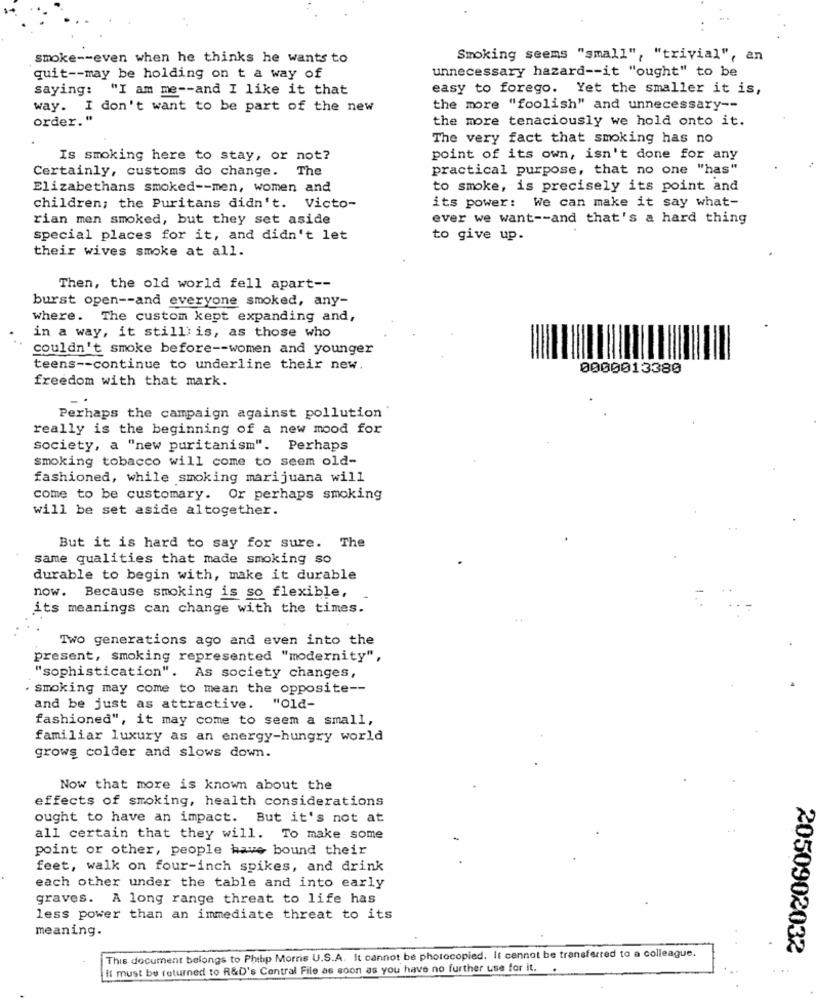
smoke -- even when he thinks he wants to
Smoking seems "small", "trivial", an
unnecessary hazard -- it "ought" to be
quit -- may be holding on t a way of
saying: "I am me -- and I like it that
easy to forego. Yet the smaller it is,
way. I don't want to be part of the new
the more "foolish" and unnecessary --
order."
the more tenaciously we hold onto it.
The very fact that smoking has no
Is smoking here to stay, or not?
point of its own, isn't done for any
Certainly, customs do change. The
practical purpose, that no one "has"
Elizabethans smoked -- men, women and
to smoke, is precisely its point and
its power: We can make it say what-
children; the Puritans didn't. Victo-
rian men smoked, but they set aside
ever we want -- and that's a hard thing
special places for it, and didn't let
to give up.
their wives smoke at all.
Then, the old world fell apart --
burst open -- and everyone smoked, any-
where. The custom kept expanding and,
in a way, it stilllis, as those who
couldn't smoke before -- women and younger
teens -- continue to underline their new.
0000013380
freedom with that mark.
Perhaps the campaign against pollution
really is the beginning of a new mood for
society, a "new puritanism". Perhaps
smoking tobacco will come to seem old-
fashioned, while smoking marijuana will
come to be customary. Or perhaps smoking
will be set aside altogether.
But it is hard to say for sure. The
same qualities that made smoking so
durable to begin with, make it durable
now. Because smoking is so flexible,
its meanings can change with the times.
Two generations ago and even into the
present, smoking represented "modernity",
"sophistication". As society changes,
smoking may come to mean the opposite --
and be just as attractive. "Old-
fashioned", it may come to seem a small,
familiar luxury as an energy-hungry world
grows colder and slows down.
Now that more is known about the
effects of smoking, health considerations
ought to have an impact. But it's not at
all certain that they will. To make some
point or other, people have bound their
feet, walk on four-inch spikes, and drink
each other under the table and into early
graves. A long range threat to life has
less power than an immediate threat to its
meaning.
2050902032
This document belongs to Philip Morris U.S.A. It cannot be photocopied. It cannot be transferred to a colleague.
It must be returned to R&D's Central File as soon as you have no further use for it. .